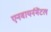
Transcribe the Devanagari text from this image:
एनवायर्नमेंटल